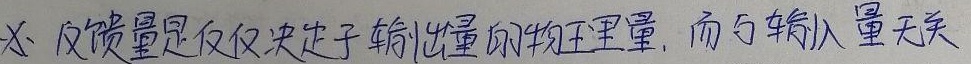
又，反馈量是仅仅决定于输出量的物理量，而与输入量无关